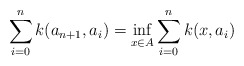
\begin{align*}\sum_{i=0}^{n} k(a_{n+1},a_{i})=\inf_{x\in A} \sum_{i=0}^{n} k(x,a_{i})\end{align*}